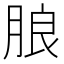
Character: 朖